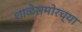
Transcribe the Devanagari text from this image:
शाळेसमोरच्या